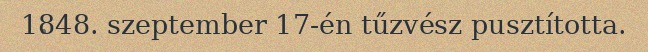
1848. szeptember 17-én tűzvész pusztította.